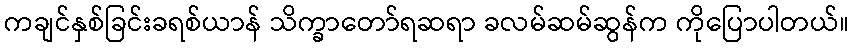
ကချင်နှစ်ခြင်းခရစ်ယာန် သိက္ခာတော်ရဆရာ ခလမ်ဆမ်ဆွန်က ကိုပြောပါတယ်။